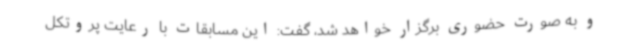
و به صورت حضوری برگزار خواهد شد، گفت: این مسابقات با رعایت پروتکل